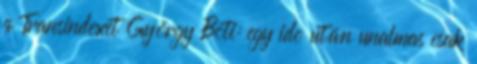
a Transindexet György Boti: egy idõ után unalmas csak